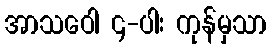
အာသဝေါ ၄-ပါး ကုန်မှသာ